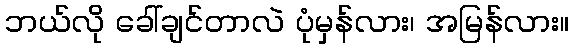
ဘယ်လို ခေါ်ချင်တာလဲ ပုံမှန်လား၊ အမြန်လား။